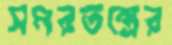
সমরতন্ত্রের